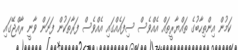
ކަމުން އިންތިހާބުގެ ތައްޔާރީތައް އެއްވެސް ސިފައެއްގައި އެއްވެސް ފަރާތަކުން ފަށަން ވާނީ ރާއްޖޭގައި